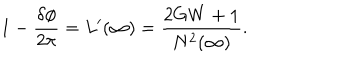
LaTeX: 1 - \frac { \delta \phi } { 2 \pi } = L ^ { \prime } ( \infty ) = \frac { 2 G W + 1 } { N ^ { 2 } ( \infty ) } .